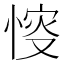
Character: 𢜶